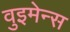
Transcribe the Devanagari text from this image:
वुइमेन्स